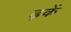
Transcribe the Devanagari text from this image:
ढ़कें